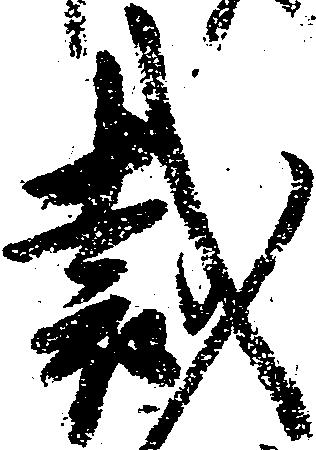
裁